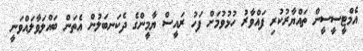
އެމްޓީސީސީން ތައްޔާރުކުރި ފައްވާރު ހުޅުވުމަށް ފަހު ރައީސް ޔާމީންގެ ދެކަނބަލުން އެތަން ބައްލަވާލައްވަނީ